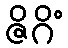
ဇိဂိံ